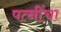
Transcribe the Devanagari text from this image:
पत्नींचा